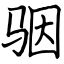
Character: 骃